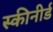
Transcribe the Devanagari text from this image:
स्कीनीर्ड